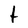
Character: t